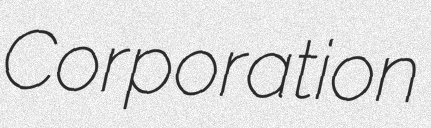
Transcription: Corporation